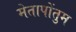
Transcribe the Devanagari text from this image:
मेतापोंतुम